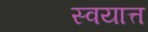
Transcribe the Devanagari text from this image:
स्वयात्त